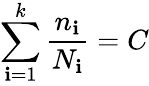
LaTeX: \sum_{\mathbf{i}=1}^{k}{\frac{{n_{\mathbf{i}}}}{{N_{\mathbf{i}}}}}=C